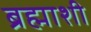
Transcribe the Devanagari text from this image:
ब्रह्माशी